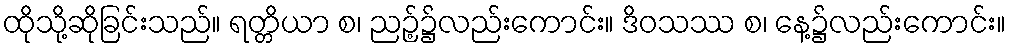
ထိုသို့ဆိုခြင်းသည်။ ရတ္တိယာ စ၊ ညဉ့်၌လည်းကောင်း။ ဒိဝသဿ စ၊ နေ့၌လည်းကောင်း။